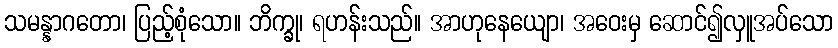
သမန္နာဂတော၊ ပြည့်စုံသော။ ဘိက္ခု၊ ရဟန်းသည်။ အာဟုနေယျော၊ အဝေးမှ ဆောင်၍လှူအပ်သော